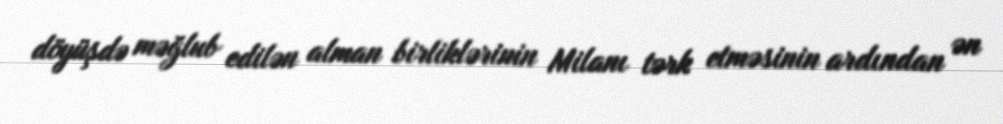
döyüşdə məğlub edilən alman birliklərinin Milanı tərk etməsinin ardından ən